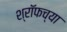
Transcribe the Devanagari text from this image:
श्रॉफच्या